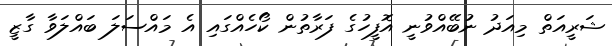
ޝަރީއަތް މިއަދު ނުބޭއްވުނީ އޮފީހުގެ ފަރާތުން ކޯހެއްގައި އެ މައްސަލަ ބައްލަވާ ގާޒީ